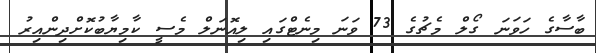
ބާސާގެ ހަވަނަ ގޯލް މެޗުގެ 73 ވަނަ މިނެޓްގައި ލިއޮނަލް މެސީ ކާމިޔާބުކޮށްދިންއިރު